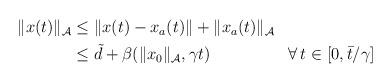
LaTeX: \begin{align*}\begin{aligned}\|x(t)\|_{\mathcal{A}} & \le \|x(t)-x_a(t)\| + \|x_a(t)\|_\mathcal{A}\\ & \le \tilde{d} + \beta(\|x_0\|_{\mathcal{A}},\gamma t) && \forall \, t \in [0, \bar{t}/\gamma]\end{aligned}\end{align*}